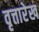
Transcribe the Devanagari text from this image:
वृत्तारेख